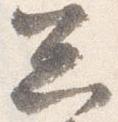
忩